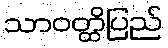
သာဝတ္ထိပြည်